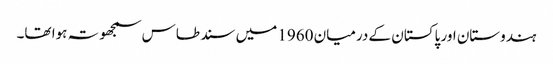
ہندوستان اور پاکستان کے درمیان 1960 میں سند طاس سمجھوتہ ہوا تھا۔